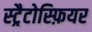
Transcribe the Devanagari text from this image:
स्ट्रैटोस्फ़ियर